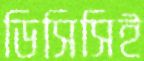
ডিসিসিই